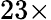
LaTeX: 23\times